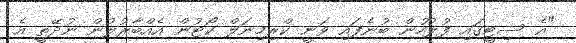
"އެ ސިޓީގައި ފުލުހުން ބުނެފައި ވަނީ ކްރިމިނަލް ކޯޓުން އެއްބާރުލުން ނުދޭތީ އެ